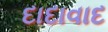
દાદાવાદ